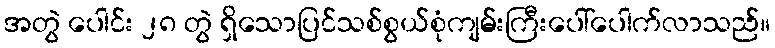
အတွဲ ပေါင်း ၂၈ တွဲ ရှိသောပြင်သစ်စွယ်စုံကျမ်းကြီးပေါ်ပေါက်လာသည်။